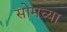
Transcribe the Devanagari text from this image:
सोमच्या